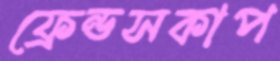
ফ্রেন্ডসকাপ